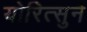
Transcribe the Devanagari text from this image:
योरित्सुने